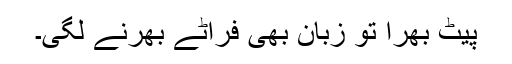
پیٹ بھرا تو زبان بھی فراٹے بھرنے لگی۔